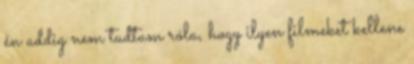
én addig nem tudtam róla, hogy ilyen filmeket kellene